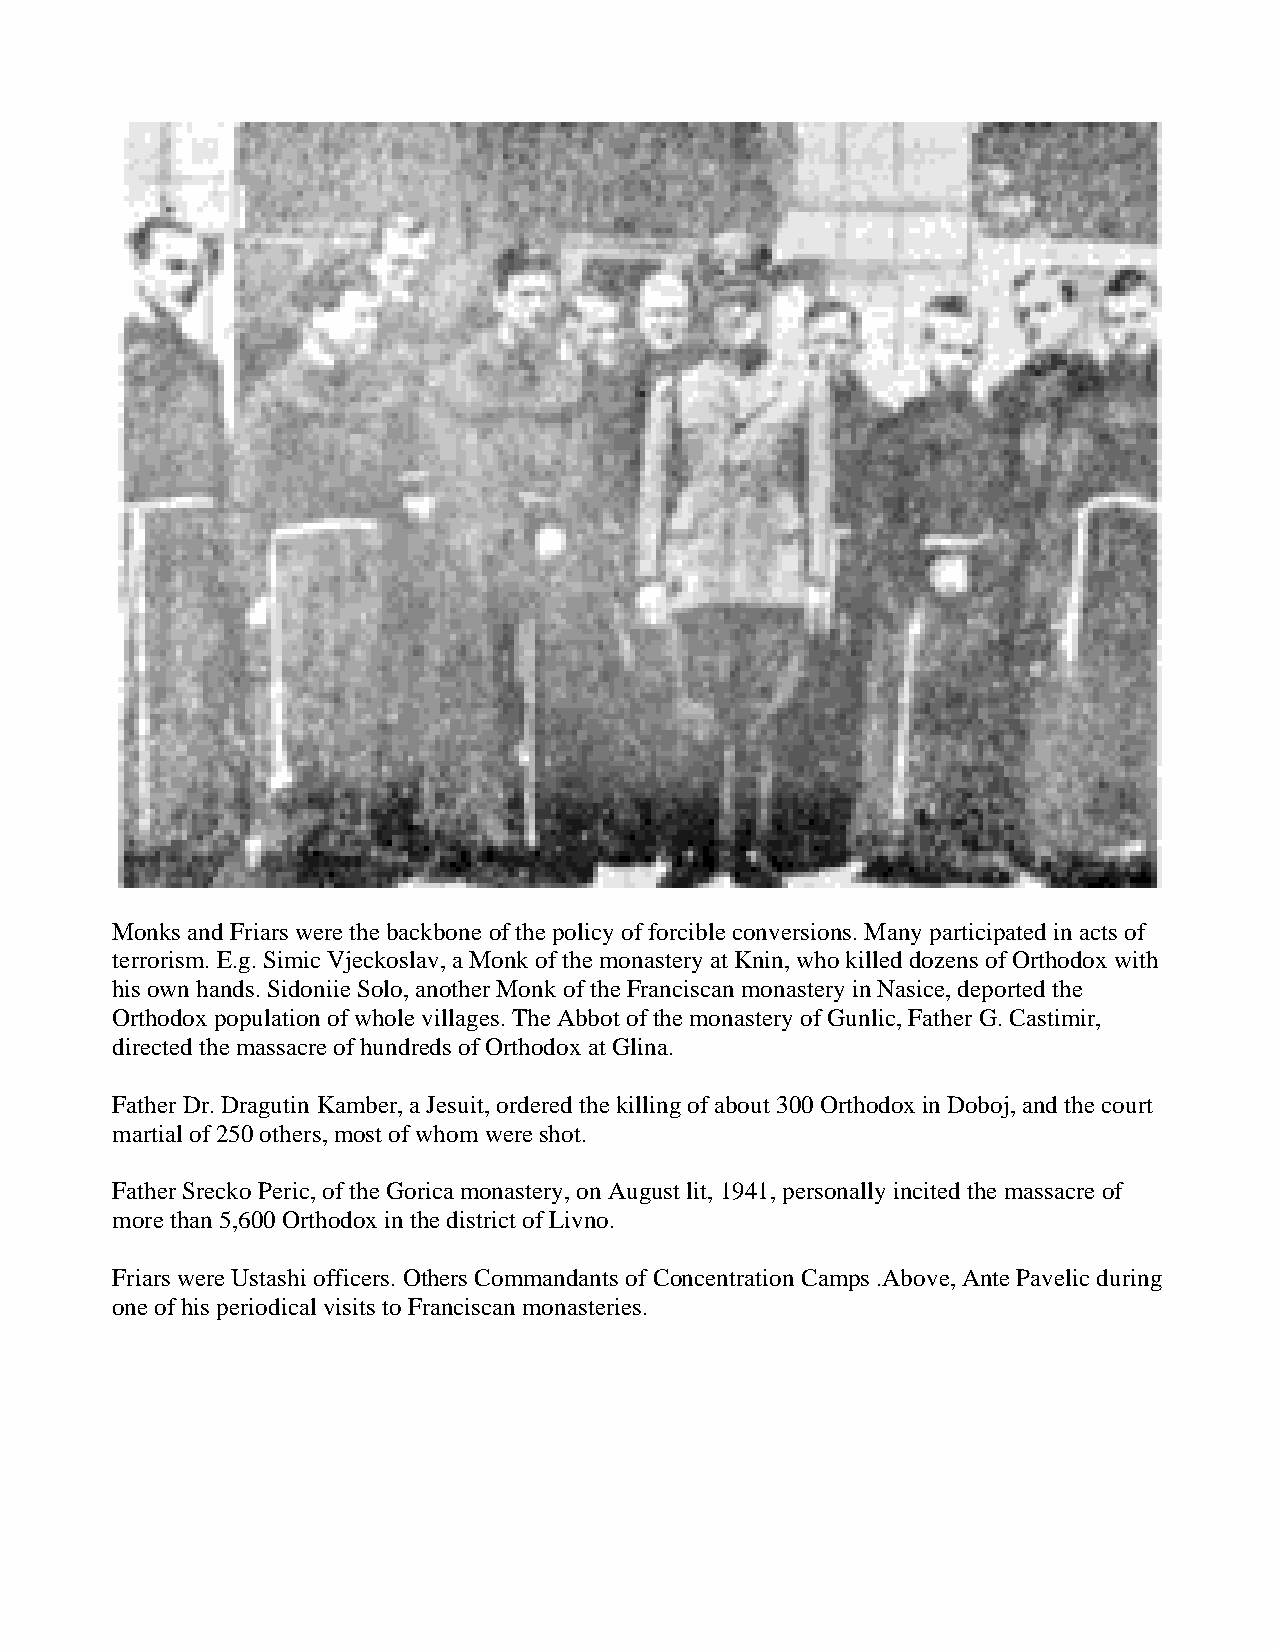
Monks and Friars were the backbone of the policy of forcible conversions. Many participated in acts of
 terrorism. E.g. Simic Vjeckoslav, a Monk of the monastery at Knin, who killed dozens of Orthodox with
 his own hands. Sidoniie Solo, another Monk of the Franciscan monastery in Nasice, deported the
 Orthodox population of whole villages. The Abbot of the monastery of Gunlic, Father G. Castimir,
 directed the massacre of hundreds of Orthodox at Glina.
 Father Dr. Dragutin Kamber, a Jesuit, ordered the killing of about 300 Orthodox in Doboj, and the court
 martial of 250 others, most of whom were shot.
 Father Srecko Peric, of the Gorica monastery, on August lit, 1941, personally incited the massacre of
 more than 5,600 Orthodox in the district of Livno.
 Friars were Ustashi officers. Others Commandants of Concentration Camps .Above, Ante Pavelic during
 one of his periodical visits to Franciscan monasteries.